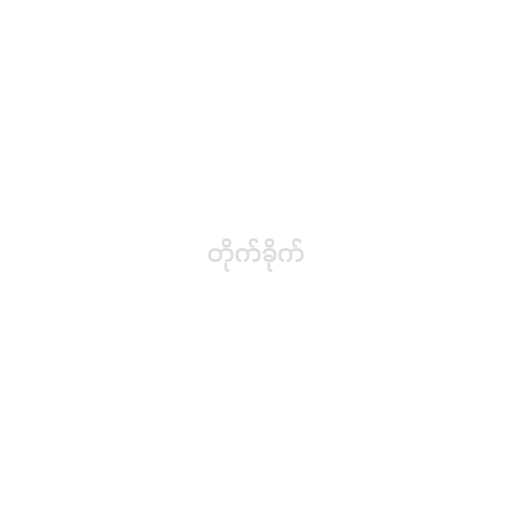
တိုက်ခိုက်